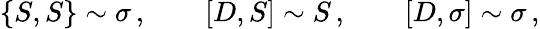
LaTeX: \{ S,S\} \sim\sigma\, ,\qquad[D,S]\sim S\, ,\qquad[D,\sigma]\sim\sigma\, ,